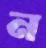
ন